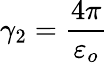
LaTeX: \gamma_{2}=\frac{4\pi}{\varepsilon_{o}}